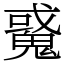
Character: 䰥